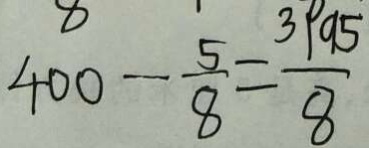
4 0 0 - \frac { 5 } { 8 } = \frac { 3 p a 5 } { 8 }